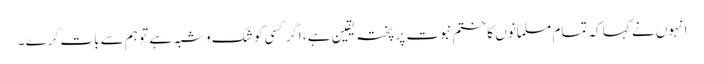
انہوں نے کہا کہ تمام مسلمانوں کا ختم نبوت پر پختہ یقین ہے ،اگر کسی کو شک وشبہ ہے تو ہم سے بات کرے ۔